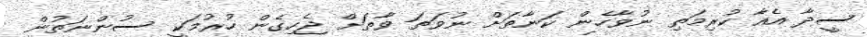
ސީދާ އެއާ ކުރިމަތި ނުވާހެން ކަނާތަށް ނުވަތަ ވާތަށް ޖެހިގެން ހުރުމަކީ ސުންނަތުން